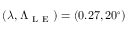
( \lambda , \Lambda _ { \mathrm { ~ L ~ E ~ } } ) = ( 0 . 2 7 , 2 0 ^ { \circ } )